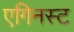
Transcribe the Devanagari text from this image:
एगिनस्ट